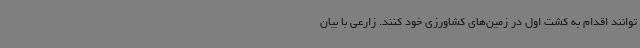
توانند اقدام به کشت اول در زمین‌های کشاورزی خود کنند. زارعی با بیان